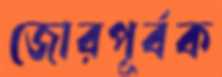
জোরপূর্বক